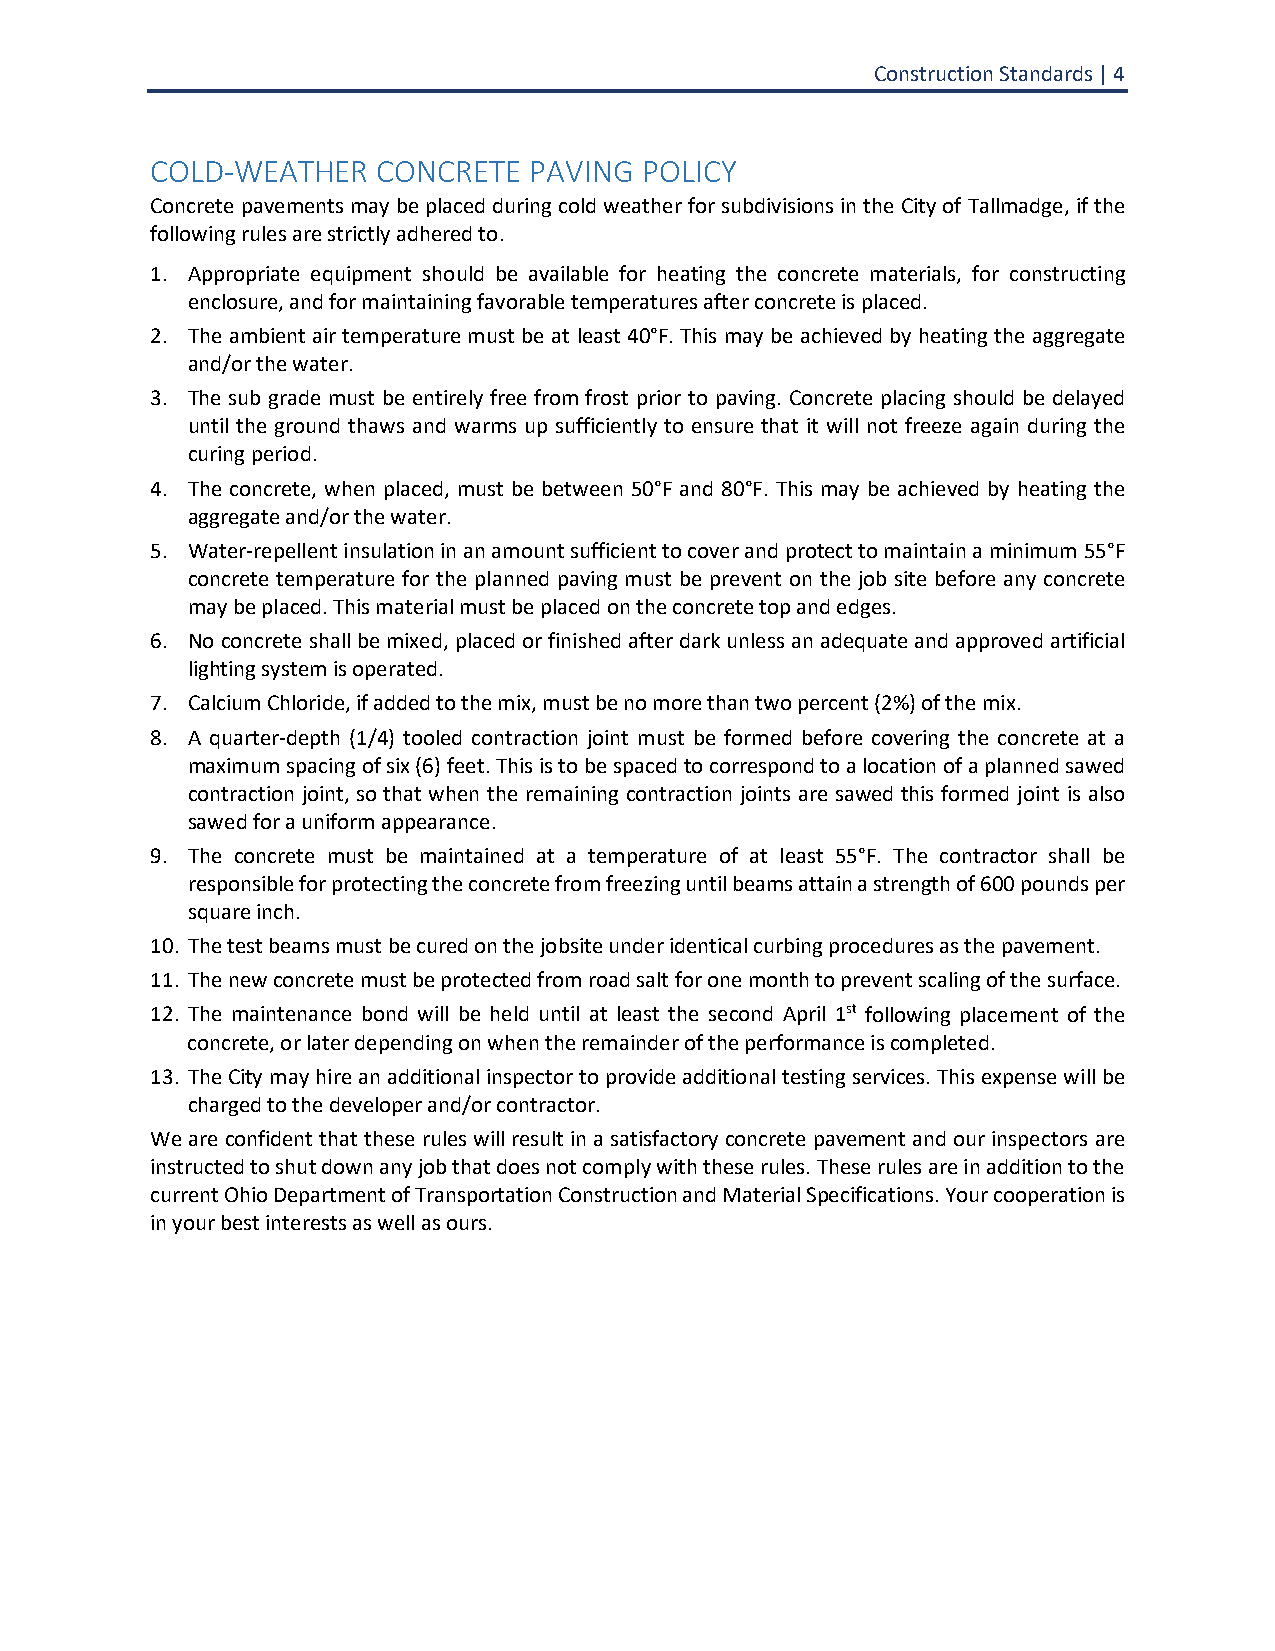
Construction Standards | 4
 COLD-WEATHER   CONCRETE  PAVING POLICY
 Concrete pavements may be placed during cold weather for subdivisions in the City of Tallmadge, if the
 following rules are strictly adhered to.
 1. Appropriate equipment should be available for heating the concrete materials, for constructing
 enclosure, and for maintaining favorable temperatures after concrete is placed.
 2. The ambient air temperature must be at least 40°F. This may be achieved by heating the aggregate
 and/or the water.
 3. The sub grade must be entirely free from frost prior to paving. Concrete placing should be delayed
 until the ground thaws and warms up sufficiently to ensure that it will not freeze again during the
 curing period.
 4. The concrete, when placed, must be between 50°F and 80°F. This may be achieved by heating the
 aggregate and/or the water.
 5. Water-repellent insulation in an amount sufficient to cover and protect to maintain a minimum 55°F
 concrete temperature for the planned paving must be prevent on the job site before any concrete
 may be placed. This material must be placed on the concrete top and edges.
 6. No concrete shall be mixed, placed or finished after dark unless an adequate and approved artificial
 lighting system is operated.
 7. Calcium Chloride, if added to the mix, must be no more than two percent (2%) of the mix.
 8. A quarter-depth (1/4) tooled contraction joint must be formed before covering the concrete at a
 maximum spacing of six (6) feet. This is to be spaced to correspond to a location of a planned sawed
 contraction joint, so that when the remaining contraction joints are sawed this formed joint is also
 sawed for a uniform appearance.
 9. The concrete must be maintained at a temperature of at least 55°F. The contractor shall be
 responsible for protecting the concrete from freezing until beams attain a strength of 600 pounds per
 square inch.
 10. The test beams must be cured on the jobsite under identical curbing procedures as the pavement.
 11. The new concrete must be protected from road salt for one month to prevent scaling of the surface.
 12. The maintenance bond will be held until at least the second April 1st following placement of the
 concrete, or later depending on when the remainder of the performance is completed.
 13. The City may hire an additional inspector to provide additional testing services. This expense will be
 charged to the developer and/or contractor.
 We are confident that these rules will result in a satisfactory concrete pavement and our inspectors are
 instructed to shut down any job that does not comply with these rules. These rules are in addition to the
 current Ohio Department of Transportation Construction and Material Specifications. Your cooperation is
 in your best interests as well as ours.